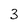
Character: 3